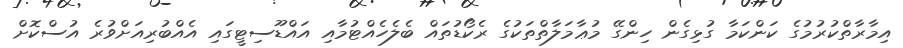
އިމާރާތްކުރުމުގެ ކަންކަމާ ގުޅިގެން ހިންގޭ މުޢާމަލާތްތަކުގެ ރެކޯޑުތައް ބެލެހެއްޓުމާއި އައްޑޫސިޓީގައި އެއްބުރިއަށްވުރެ އުސްކޮށް